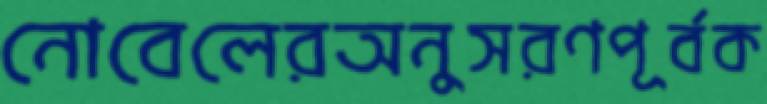
নোবেলেরঅনুসরণপূর্বক